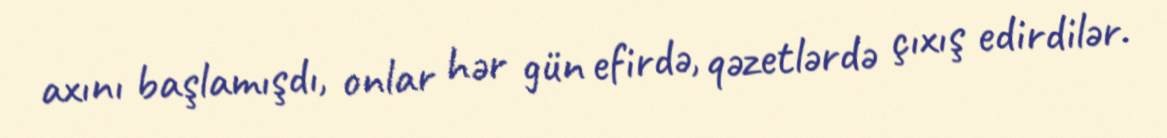
axını başlamışdı, onlar hər gün efirdə, qəzetlərdə çıxış edirdilər.